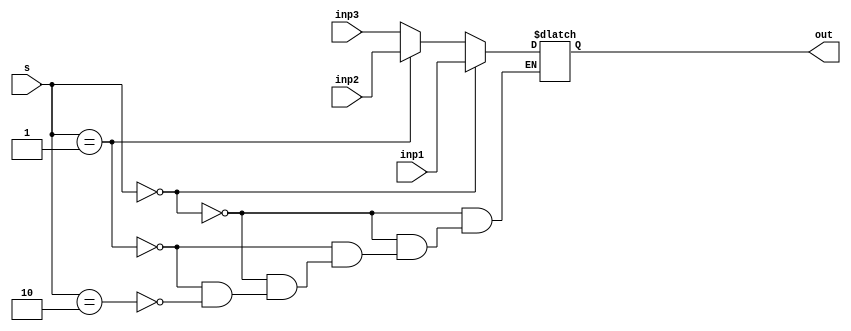
module MUX3_32(inp1, inp2, inp3,s, out);
    input [31:0] inp1, inp2, inp3;
    input [1:0] s;
    output reg [31:0] out;
    always @(s,inp1,inp2,inp3) begin
        if (s == 2'b00) out = inp1;
        else if(s == 2'b01) out = inp2;
        else if(s == 2'b10) out = inp3;
    end
endmodule